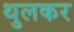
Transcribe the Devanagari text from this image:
थुलकर